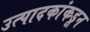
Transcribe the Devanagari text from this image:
उत्पादकांकडून